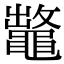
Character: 𪓶